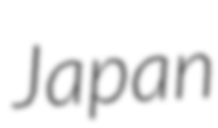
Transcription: Japan